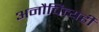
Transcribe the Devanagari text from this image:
अनौचित्यही